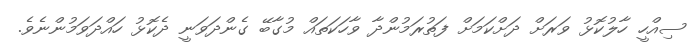
ސިއްހީ ހާލުކޮޅު ވަރަށް ދަށްކަމަށް ފަތުރަމުންދާ ވާހަކަތައް މުގާބޭ ގެންދަވަނީ ދެކޮޅު ހައްދަވަމުންނެވެ.